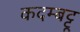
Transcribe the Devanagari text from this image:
कदम्बट्टू